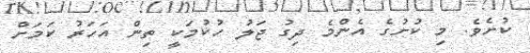
ކުށެވެ. މި ކުށުގެ އެންމެ ދިގު ޖަލު ހުކުމަކީ ތިން އަހަރު ކަމަށް